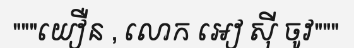
"""យឿន , លោក អៀ ស៊ី ចូវ"""